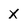
Character: X